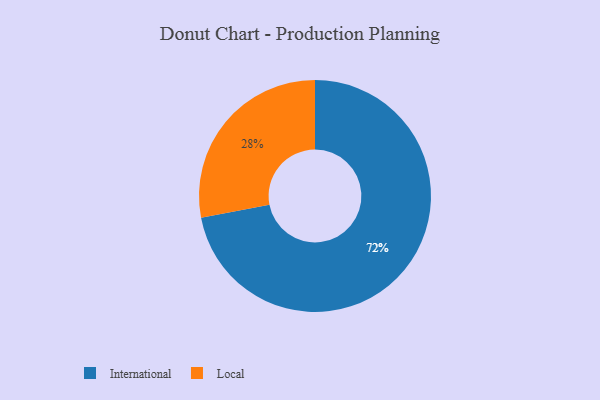
{"axis": {"x": "Category", "y": "Percentage"}, "legend": ["International", "Local"], "data": [{"x": "International", "y": 72, "type": "International"}, {"x": "Local", "y": 28, "type": "Local"}]}